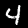
Label: 4